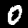
Digit: 0